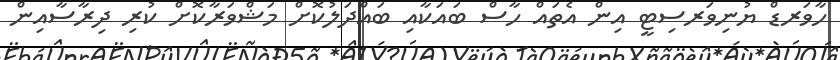
ހާވަރޑް ޔުނިވަރސިޓީ އިން އެތައް ހާސް ބައަކާއި ބައްދަލުކޮށް މަޝްވަރާކޮށް ކުރި ދިރާސާއިން